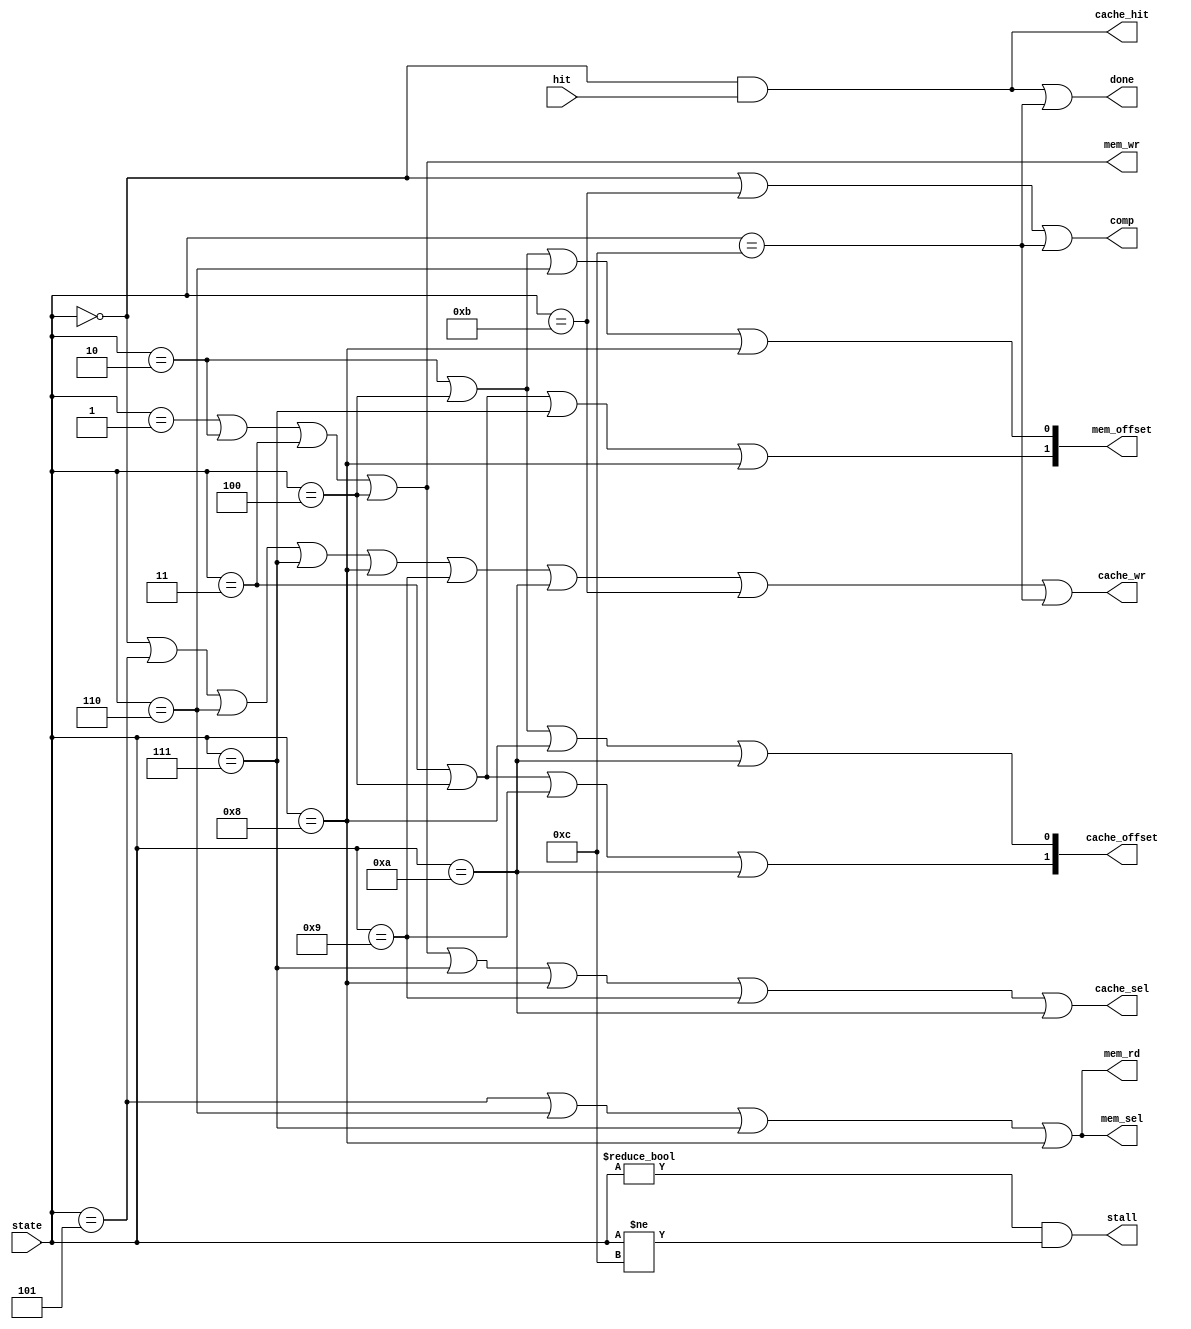
module mem_signals(//Inputs
                 hit, state,
                 //Outputs
                 stall, done,
                 cache_wr, cache_hit, cache_offset, cache_sel, comp,
                 mem_wr, mem_rd, mem_offset, mem_sel
                );

  input hit;
  input [3:0] state;

  output stall, done;
  
  output cache_wr, comp, cache_sel, cache_hit;
  output [1:0] cache_offset;

  output mem_wr, mem_rd, mem_sel;
  output [1:0] mem_offset;

  //Output signals
  assign stall = (state != 4'b0000) & (state != 4'b1100);
  assign done = ((state == 4'b0000)&hit) | (state == 4'b1100);

  //Cache signals
  assign cache_wr = (state == 4'b0000) | (state == 4'b0101) | (state == 4'b0110) | (state == 4'b0111) |
                    (state == 4'b1000) | (state == 4'b1001) | (state == 4'b1010) | (state == 4'b1011) | (state == 4'b1100);
  assign cache_hit = ((state == 4'b0000) & hit);
  assign cache_offset[0] = (state == 4'b0010) | (state == 4'b0100) | (state == 4'b1000) | (state == 4'b1010);
  assign cache_offset[1] = (state == 4'b0011) | (state == 4'b0100) | (state == 4'b1001) | (state == 4'b1010);
  assign cache_sel = (state == 4'b0001) | (state == 4'b0010) | (state == 4'b0011) | (state == 4'b0100) |
                     (state == 4'b0111) | (state == 4'b1000) | (state == 4'b1001) | (state == 4'b1010);
  assign comp = (state == 4'b0000) | (state == 4'b1011) | (state == 4'b1100);

  //Memory signals
  assign mem_wr = (state == 4'b0001) | (state == 4'b0010) | (state == 4'b0011) | (state == 4'b0100);
  assign mem_rd = (state == 4'b0101) | (state == 4'b0110) | (state == 4'b0111) | (state == 4'b1000);
  assign mem_offset[0] = (state == 4'b0010) | (state == 4'b0100) | (state == 4'b0110) | (state == 4'b1000);
  assign mem_offset[1] = (state == 4'b0011) | (state == 4'b0100) | (state == 4'b0111) | (state == 4'b1000);
  assign mem_sel = (state == 4'b0101) | (state == 4'b0110) | (state == 4'b0111) | (state == 4'b1000);

endmodule